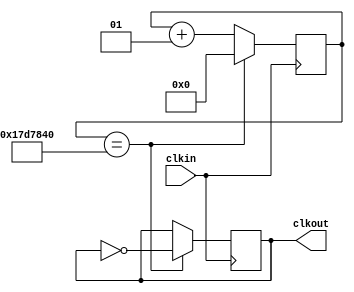
module fdiv (clkin,clkout);
input clkin;
output reg clkout;

integer cont;

initial
   cont=0;
  
always @(posedge clkin)
  begin
	if (cont==25000000)
		begin
			cont<=0;
			clkout<=~clkout;
		end
		else
		begin
			cont<=cont+1;
			clkout<=clkout;
		end
   end
endmodule